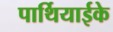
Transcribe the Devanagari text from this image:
पार्थियाईके